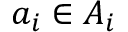
a _ { i } \in A _ { i }